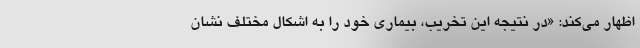
اظهار می‌کند: «در نتیجه این تخریب، بیماری خود را به اشکال مختلف نشان